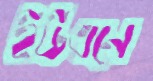
ইউএনে